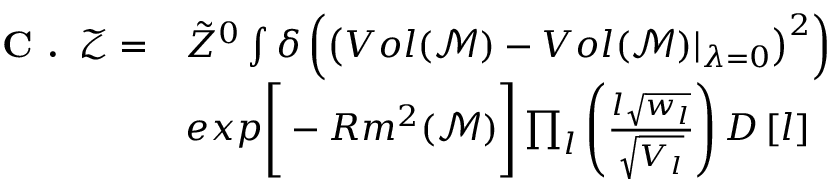
\begin{array} { r l } { \textbf { C . } \, \mathcal { Z } = } & { \tilde { Z } ^ { 0 } \int \delta \left( \left( V o l ( \mathcal { M } ) - V o l ( \mathcal { M } ) \vert _ { \lambda = 0 } \right) ^ { 2 } \right) } \\ & { e x p \Bigg [ - R m ^ { 2 } ( \mathcal { M } ) \Bigg ] \prod _ { l } \left( \frac { l \sqrt { w _ { l } } } { \sqrt { V _ { l } } } \right) D \left[ l \right] } \end{array}